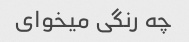
چه رنگی میخوای